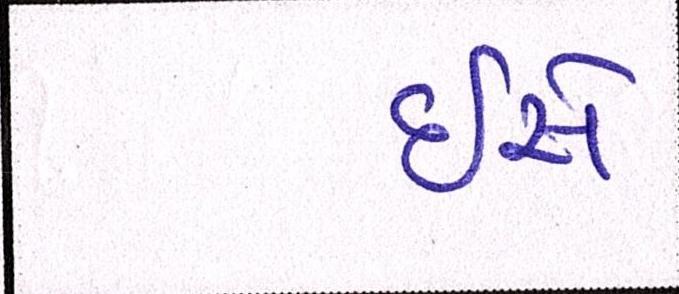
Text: ઇસે